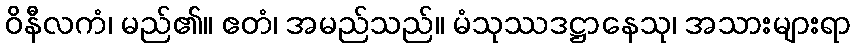
ဝိနီလကံ၊ မည်၏။ ဧတံ၊ အမည်သည်။ မံသုဿဒဋ္ဌာနေသု၊ အသားများရာ